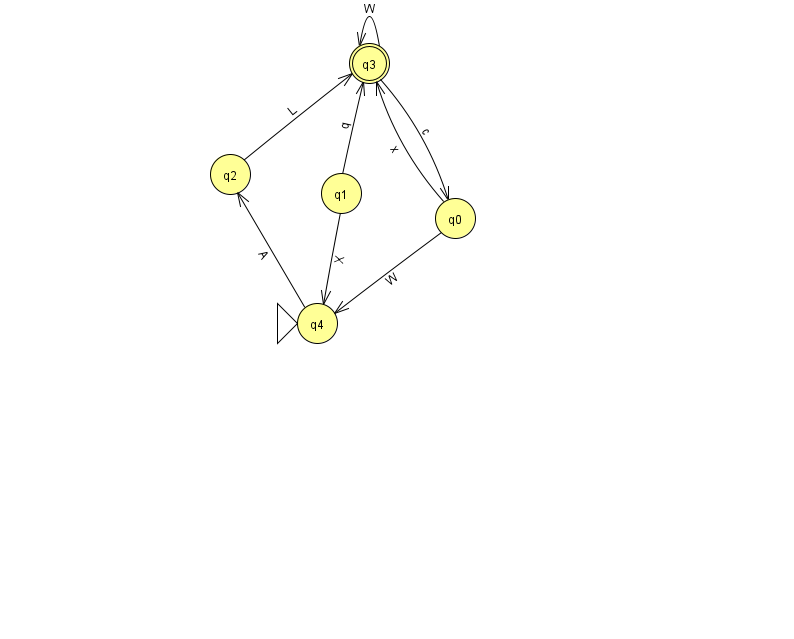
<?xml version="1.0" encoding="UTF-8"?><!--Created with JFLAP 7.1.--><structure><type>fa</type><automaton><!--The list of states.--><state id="0" name="q0"><x>455.0</x><y>205.0</y></state><state id="1" name="q1"><x>341.0</x><y>180.0</y></state><state id="2" name="q2"><x>230.0</x><y>161.0</y></state><state id="3" name="q3"><x>369.0</x><y>50.0</y><final/></state><state id="4" name="q4"><x>317.0</x><y>310.0</y><initial/></state><!--The list of transitions.--><transition><from>1</from><to>3</to><read>q</read></transition><transition><from>4</from><to>2</to><read>A</read></transition><transition><from>0</from><to>3</to><read>x</read></transition><transition><from>3</from><to>3</to><read>W</read></transition><transition><from>0</from><to>4</to><read>W</read></transition><transition><from>1</from><to>4</to><read>X</read></transition><transition><from>3</from><to>0</to><read>c</read></transition><transition><from>2</from><to>3</to><read>L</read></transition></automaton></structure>